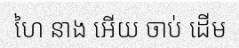
ហៃ នាង អើយ ចាប់ ដើម